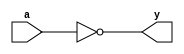
module inverterarray_behave(y,a);
output reg[15:0] y;
input[15:0] a;

always@(a)
begin
 y=~a;
end

endmodule